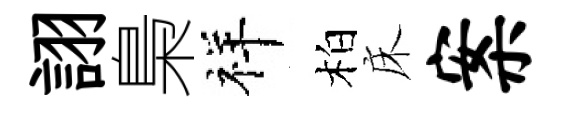
詡梟祥柏床案